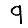
Digit: 9